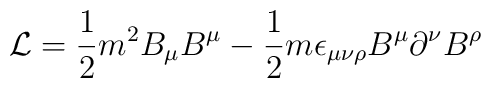
{\cal L} = \frac{1}{2} m^2 B_\mu B^\mu - \frac{1}{2} m\epsilon_{\mu\nu\rho} B^\mu \partial^{\nu}B^\rho